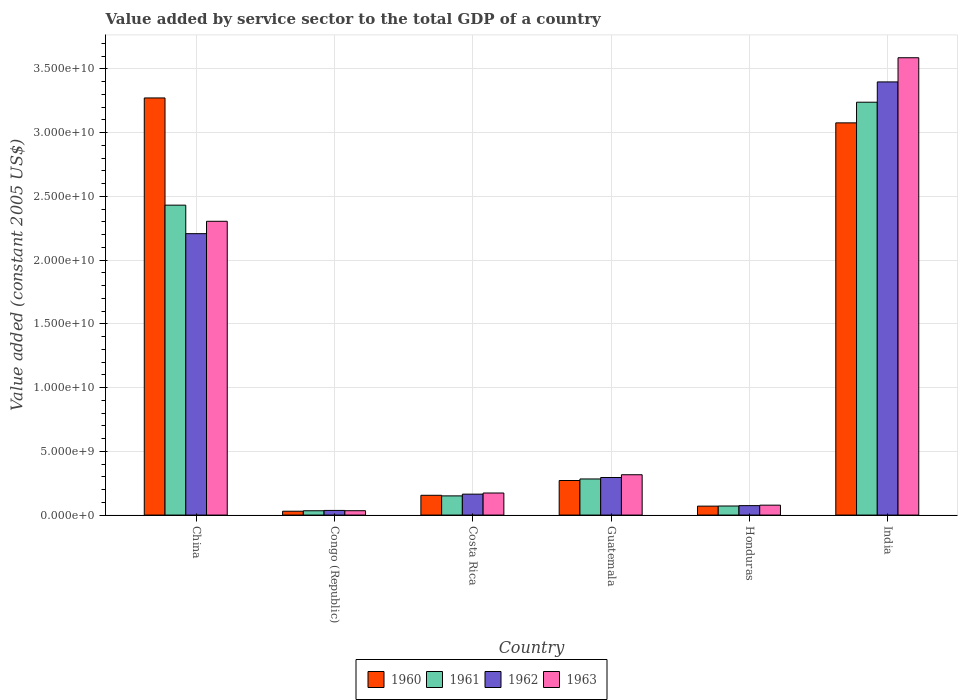
| Country | 1960 | 1961 | 1962 | 1963 |
 | --- | --- | --- | --- | --- |
 | China | 3.27e+10 | 2.43e+10 | 2.21e+10 | 2.3e+10 |
 | Congo (Republic) | 3.02e+08 | 3.39e+08 | 3.64e+08 | 3.42e+08 |
 | Costa Rica | 1.55e+09 | 1.51e+09 | 1.64e+09 | 1.73e+09 |
 | Guatemala | 2.71e+09 | 2.83e+09 | 2.95e+09 | 3.16e+09 |
 | Honduras | 7.01e+08 | 7.12e+08 | 7.41e+08 | 7.78e+08 |
 | India | 3.08e+10 | 3.24e+10 | 3.4e+10 | 3.59e+10 |